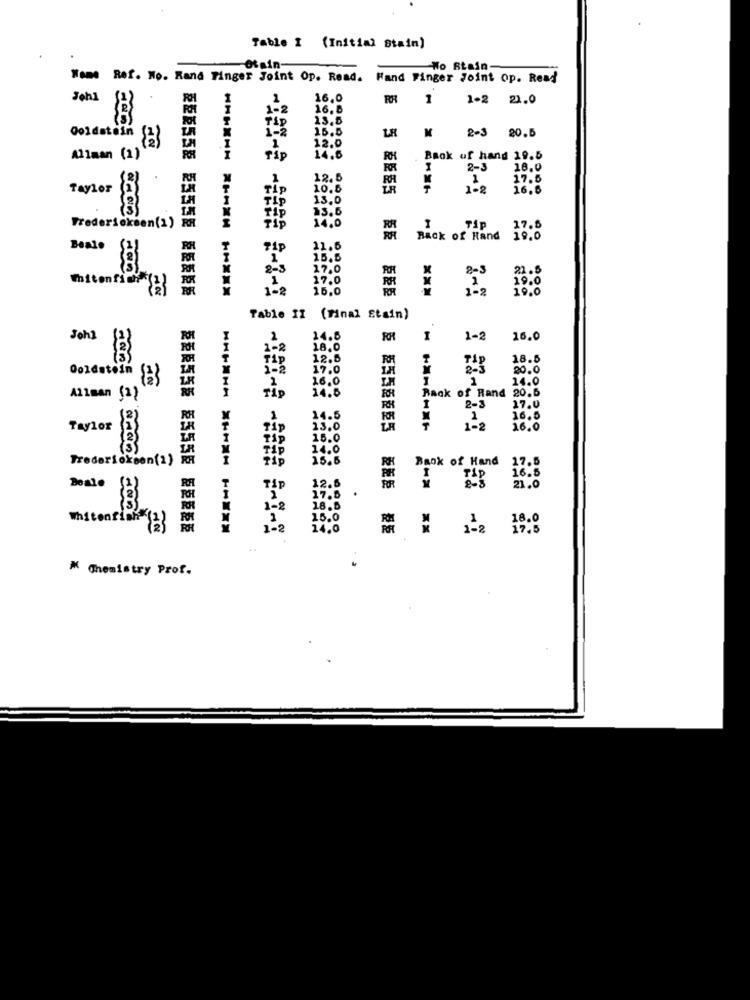
Table I (Initial Stain)
otain
Wo Stain-
Nome Ref. No. Rand Finger Joint Op. Read.
Fand Finger Joint Op. Read
Jehl
16,0
RR
1
1-2 21.0
1-2
16.8
13.5
16.5
LR
2-3
20.5
Goldstein {2}
1
12.0
Allman (2)
14.6
RH
Back of hand 19.5
2-3
18.0
1
12.5
17.5
Taylor
TIP
10.6
5 EEE5
102
16.6
TIP
13.0
13.6
Frederickeen(1)
TIP
14.0
Tip
17.6
55
Back of Rand
19.0
Boalo
21,6
8
1
15.5
17.0
X
21.5
17.0
19.0
1-2
15.0
10.0
HHHHH ***** -****
Table II (Final Stain)
John
2
14.5
I
1-2
16.0
2-2
18.0
TAP
12.5
18.5
1-2
17.0
TAP
20.0
16.0
14.0
Qoldatos {2}
14.5
Back of Rand 20.6
A11man (2)
1
17.0
14.5
X
1
16.5
Taylor
13.0
5 2556655
1-2
16.0
15.0
3
14.0
Frederickson(2)
15.6
Bank of Hand
17.5
12.6
16.5
Deale
21.0
DE
17.5
1-8
18.5
Whitenfish
15.0
1-2
14.0
1 N 1-2 17.5
M Chemistry Prof.